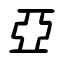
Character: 亞